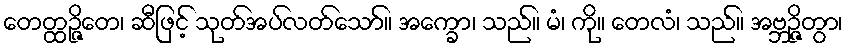
တေတ္ထဉ္ဇိတေ၊ ဆီဖြင့် သုတ်အပ်လတ်သော်။ အက္ခော၊ သည်။ မံ၊ ကို။ တေလံ၊ သည်။ အဗ္ဘဉ္ဇိတွာ၊